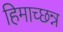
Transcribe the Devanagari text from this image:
हिमाच्छन्न